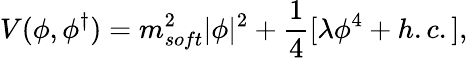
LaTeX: V(\phi,\phi^{\dagger})=m_{soft}^{2}|\phi|^{2}+\frac{1}{4}[\lambda\phi^{4}+h.c.],